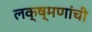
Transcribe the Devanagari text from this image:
लक्ष्मणांची